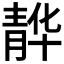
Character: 𮸭